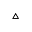
\vartriangle